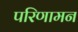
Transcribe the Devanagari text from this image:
परिणामन